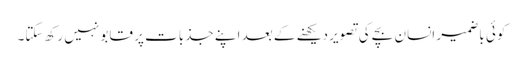
کوئی باضمیر انسان بچے کی تصویر دیکھنے کے بعد اپنے جذبات پر قابو نہیں رکھ سکتا۔